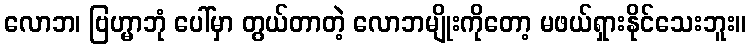
လောဘ၊ ဗြဟ္မာဘုံ ပေါ်မှာ တွယ်တာတဲ့ လောဘမျိုးကိုတော့ မဖယ်ရှားနိုင်သေးဘူး။